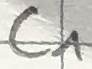
Text: C1